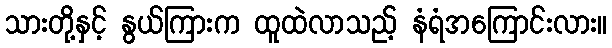
သားတို့နှင့် နွယ်ကြားက ထူထဲလာသည့် နံရံအကြောင်းလား။